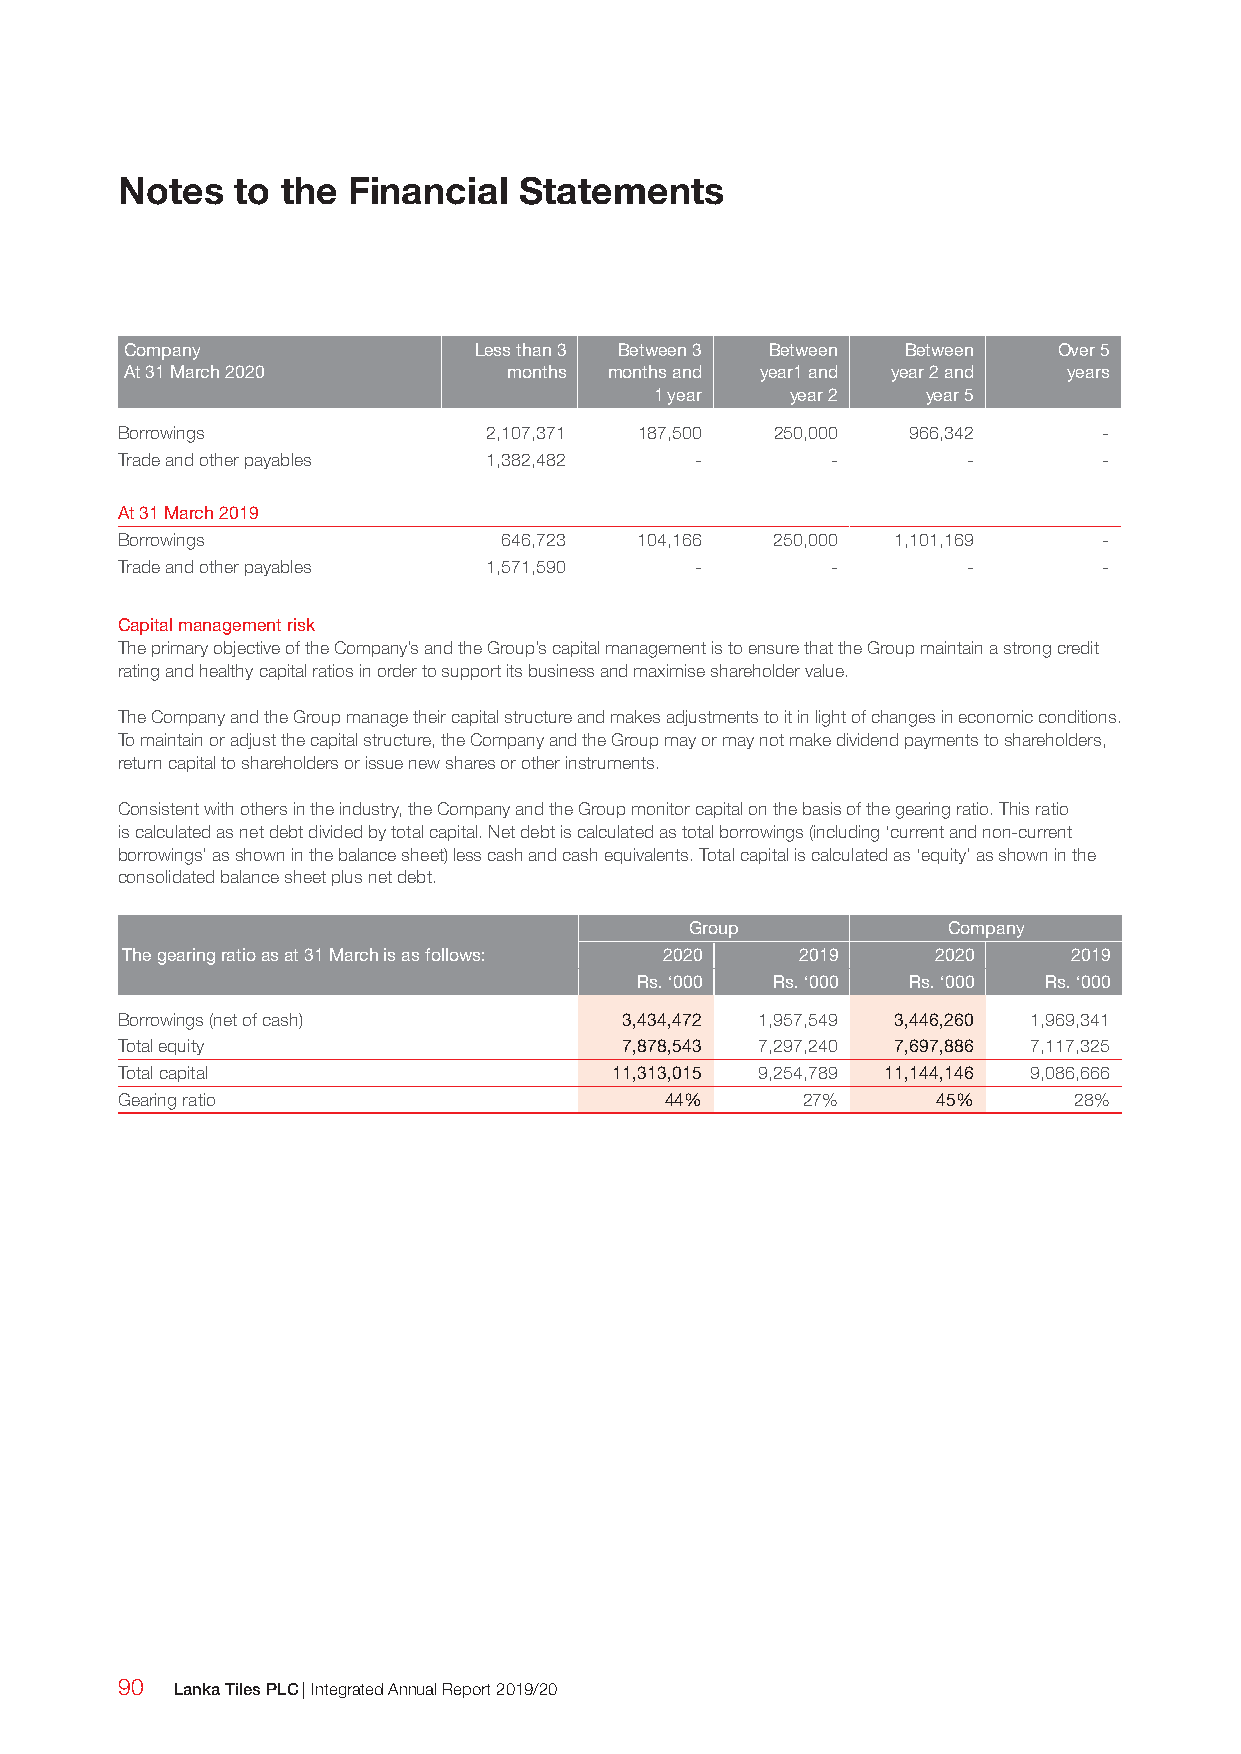
Notes  to  the Financial  Statements
 Company                Less than 3 Between 3 Between Between  Over 5
 At 31 March 2020          months months and year1 and year 2 and years
 1 year   year 2   year 5
 Borrowings              2,107,371 187,500  250,000  966,342      -
 Trade and other payables 1,382,482    -        -        -        -
 At 31 March 2019
 Borrowings               646,723  104,166  250,000 1,101,169     -
 Trade and other payables 1,571,590    -        -        -        -
 Capital management risk
 The primary objective of the Company’s and the Group’s capital management is to ensure that the Group maintain a strong credit
 rating and healthy capital ratios in order to support its business and maximise shareholder value.
 The Company and the Group manage their capital structure and makes adjustments to it in light of changes in economic conditions.
 To maintain or adjust the capital structure, the Company and the Group may or may not make dividend payments to shareholders,
 return capital to shareholders or issue new shares or other instruments.
 Consistent with others in the industry, the Company and the Group monitor capital on the basis of the gearing ratio. This ratio
 is calculated as net debt divided by total capital. Net debt is calculated as total borrowings (including ‘current and non-current
 borrowings’ as shown in the balance sheet) less cash and cash equivalents. Total capital is calculated as ‘equity’ as shown in the
 consolidated balance sheet plus net debt.
 Group            Company
 The gearing ratio as at 31 March is as follows: 2020 2019 2020 2019
 Rs. ‘000 Rs. ‘000 Rs. ‘000 Rs. ‘000
 Borrowings (net of cash)         3,434,472 1,957,549 3,446,260 1,969,341
 Total equity                     7,878,543 7,297,240 7,697,886 7,117,325
 Total capital                    11,313,015 9,254,789 11,144,146 9,086,666
 Gearing ratio                       44%      27%      45%      28%
 90  Lanka Tiles PLC | Integrated Annual Report 2019/20